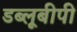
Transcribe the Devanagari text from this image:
डब्लूबीपी